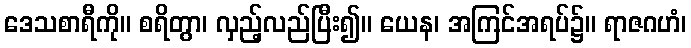
ဒေသစာရီကို။ စရိတွာ၊ လှည့်လည်ပြီး၍။ ယေန၊ အကြင်အရပ်၌။ ရာဇဂဟံ၊